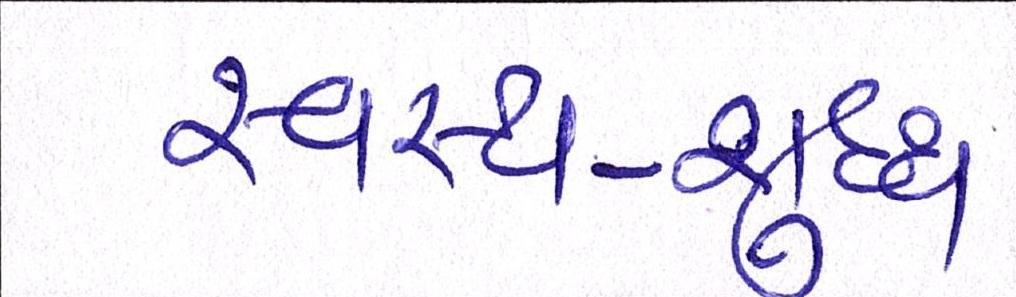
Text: સ્વસ્થ-શુદ્ધ